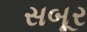
સબૂર